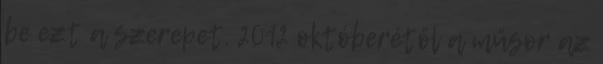
be ezt a szerepet. 2012 októberétől a műsor az